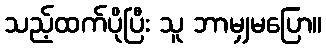
သည့်ထက်ပိုပြီး သူ ဘာမျှမပြော။